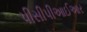
પીસીપીઆઈઆર